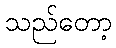
သည်တော့